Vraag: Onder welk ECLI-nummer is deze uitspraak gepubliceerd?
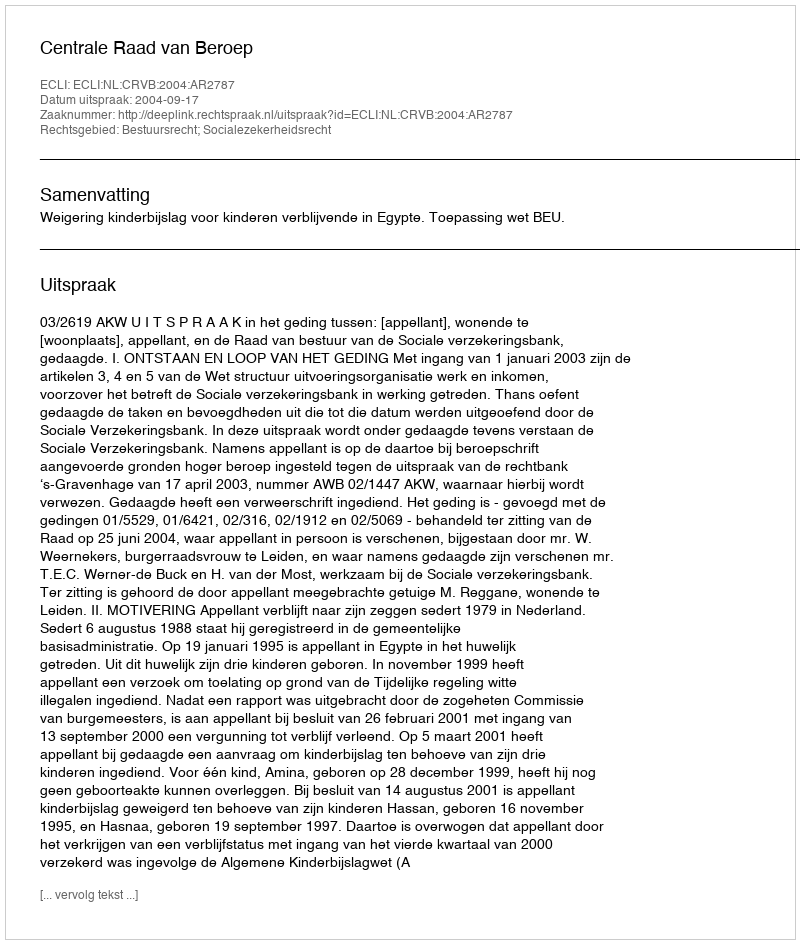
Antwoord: ECLI:NL:CRVB:2004:AR2787